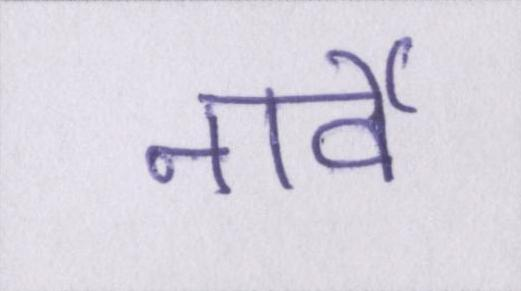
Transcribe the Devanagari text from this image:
नार्वे